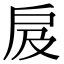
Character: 㧀